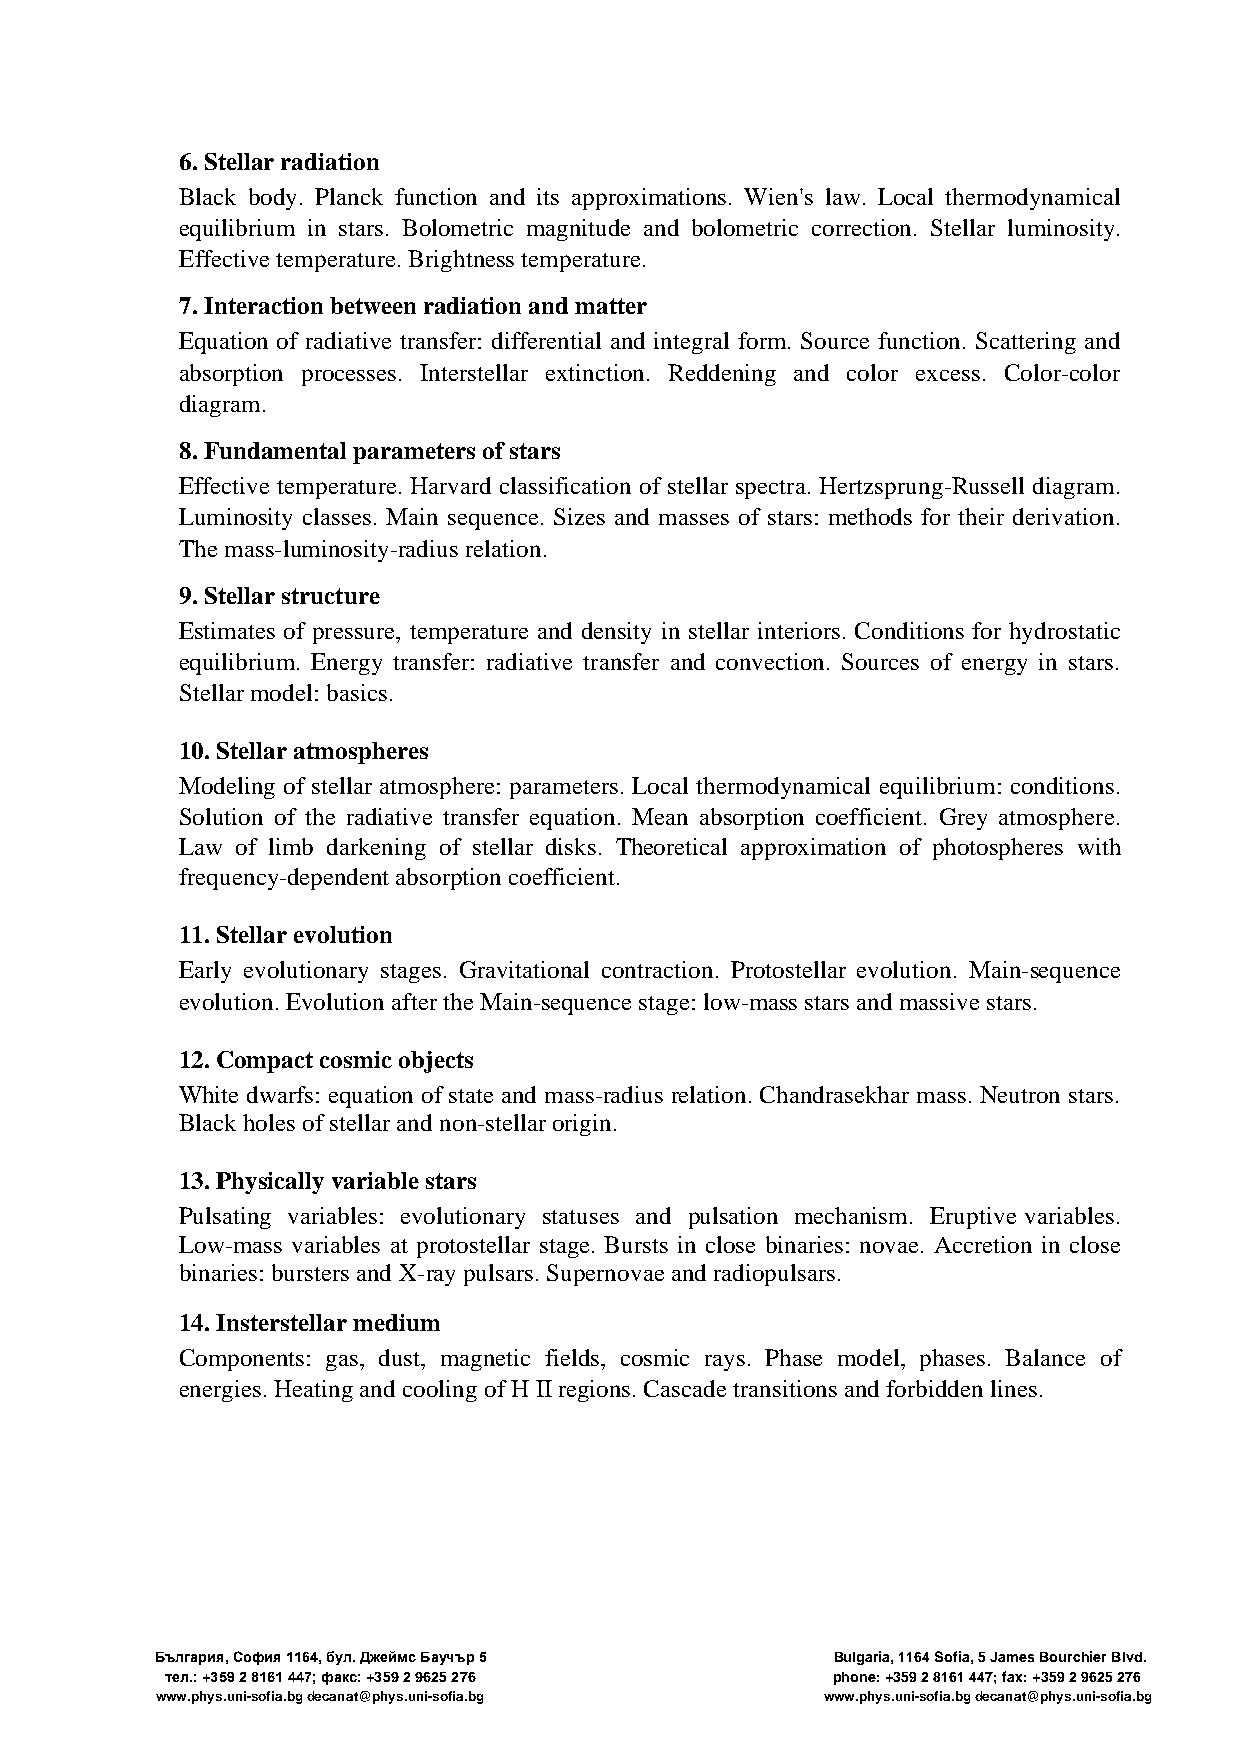
6. Stellar radiation
 Black body. Planck function and its approximations. Wien's law. Local thermodynamical
 equilibrium in stars. Bolometric magnitude and bolometric correction. Stellar luminosity.
 Effective temperature. Brightness temperature.
 7. Interaction between radiation and matter
 Equation of radiative transfer: differential and integral form. Source function. Scattering and
 absorption processes. Interstellar extinction. Reddening and color excess. Color-color
 diagram.
 8. Fundamental parameters of stars
 Effective temperature. Harvard classification of stellar spectra. Hertzsprung-Russell diagram.
 Luminosity classes. Main sequence. Sizes and masses of stars: methods for their derivation.
 The mass-luminosity-radius relation.
 9. Stellar structure
 Estimates of pressure, temperature and density in stellar interiors. Conditions for hydrostatic
 equilibrium. Energy transfer: radiative transfer and convection. Sources of energy in stars.
 Stellar model: basics.
 10. Stellar atmospheres
 Modeling of stellar atmosphere: parameters. Local thermodynamical equilibrium: conditions.
 Solution of the radiative transfer equation. Mean absorption coefficient. Grey atmosphere.
 Law of limb darkening of stellar disks. Theoretical approximation of photospheres with
 frequency-dependent absorption coefficient.
 11. Stellar evolution
 Early evolutionary stages. Gravitational contraction. Protostellar evolution. Main-sequence
 evolution. Evolution after the Main-sequence stage: low-mass stars and massive stars.
 12. Compact cosmic objects
 White dwarfs: equation of state and mass-radius relation. Chandrasekhar mass. Neutron stars.
 Black holes of stellar and non-stellar origin.
 13. Physically variable stars
 Pulsating variables: evolutionary statuses and pulsation mechanism. Eruptive variables.
 Low-mass variables at protostellar stage. Bursts in close binaries: novae. Accretion in close
 binaries: bursters and X-ray pulsars. Supernovae and radiopulsars.
 14. Insterstellar medium
 Components: gas, dust, magnetic fields, cosmic rays. Phase model, phases. Balance of
 energies. Heating and cooling of H II regions. Cascade transitions and forbidden lines.
 България, София 1164, бул. Джеймс Баучър 5   Bulgaria, 1164 Sofia, 5 James Bourchier Blvd.
 тел.: +359 2 8161 447; факс: +359 2 9625 276 phone: +359 2 8161 447; fax: +359 2 9625 276
 www.phys.uni-sofia.bg decanat@phys.uni-sofia.bg www.phys.uni-sofia.bg decanat@phys.uni-sofia.bg